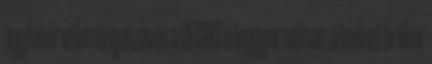
ügyfelek véleményei révén a DEGIRO a leggyorsabban növekvő bróker